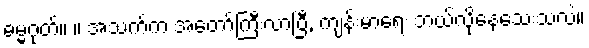
ဓမ္မဂုတ်။ ။ အသက်က အတော်ကြီးလာပြီ, ကျန်းမာရေး ဘယ်လိုနေသေးသလဲ။